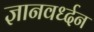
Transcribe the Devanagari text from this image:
ज्ञानवर्ध्दन